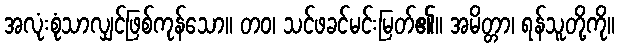
အလုံးစုံသာလျှင်ဖြစ်ကုန်သော။ တဝ၊ သင်ဖခင်မင်းမြတ်၏။ အမိတ္တာ၊ ရန်သူတို့ကို။